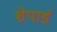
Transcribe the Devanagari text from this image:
शेपार्ड